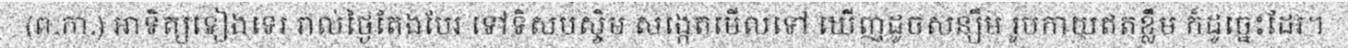
(ព.កា.) អាទិត្យទៀងទេរ រាល់ថ្ងៃតែងបែរ ទៅទិសបស្ចិម សង្កេតមើលទៅ ឃើញដូចសន្សឹម រូបកាយឥតខ្លឹម ក៏ដូច្នេះដែរ។